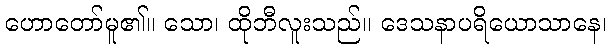
ဟောတော်မူ၏။ သော၊ ထိုဘီလူးသည်။ ဒေသနာပရိယောသာနေ၊